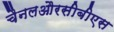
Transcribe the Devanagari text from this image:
चैनलऔरसीबीएस